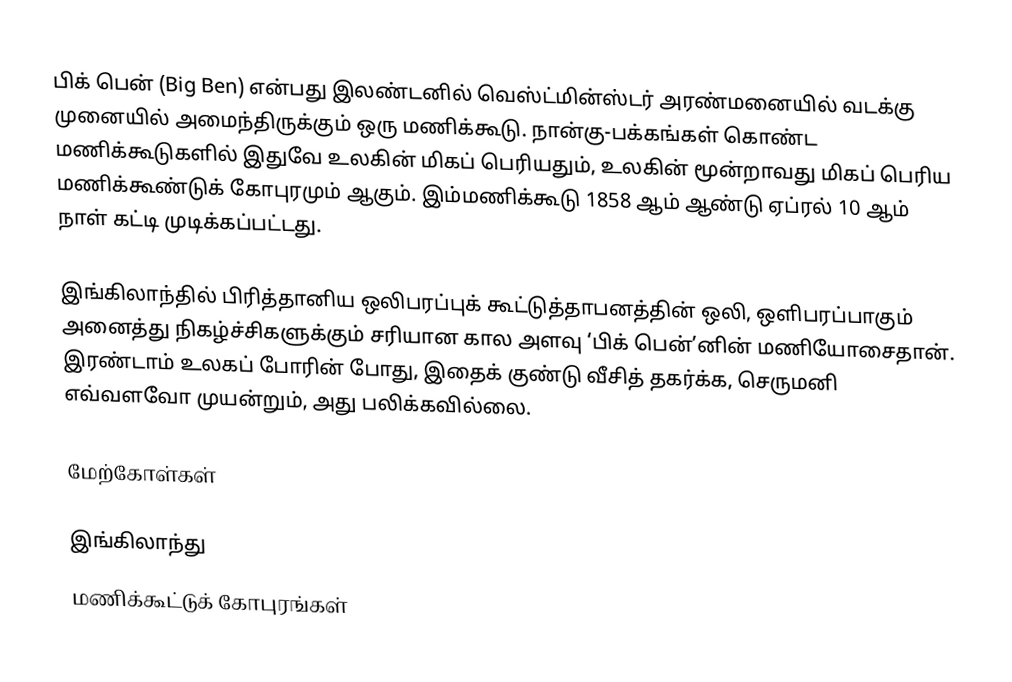
பிக் பென் (Big Ben) என்பது இலண்டனில் வெஸ்ட்மின்ஸ்டர் அரண்மனையில் வடக்கு முனையில் அமைந்திருக்கும் ஒரு மணிக்கூடு. நான்கு-பக்கங்கள் கொண்ட மணிக்கூடுகளில் இதுவே உலகின் மிகப் பெரியதும், உலகின் மூன்றாவது மிகப் பெரிய மணிக்கூண்டுக் கோபுரமும் ஆகும். இம்மணிக்கூடு 1858 ஆம் ஆண்டு ஏப்ரல் 10 ஆம் நாள் கட்டி முடிக்கப்பட்டது.

இங்கிலாந்தில் பிரித்தானிய ஒலிபரப்புக் கூட்டுத்தாபனத்தின் ஒலி, ஒளிபரப்பாகும் அனைத்து நிகழ்ச்சிகளுக்கும் சரியான கால அளவு ‘பிக் பென்’னின் மணியோசைதான். இரண்டாம் உலகப் போரின் போது, இதைக் குண்டு வீசித் தகர்க்க, செருமனி எவ்வளவோ முயன்றும், அது பலிக்கவில்லை.

மேற்கோள்கள்

இங்கிலாந்து
மணிக்கூட்டுக் கோபுரங்கள்